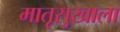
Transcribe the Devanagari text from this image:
मातृसुखाला